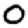
Digit: 0